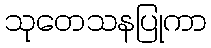
သုတေသနပြုကာ